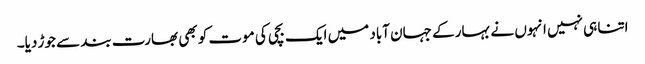
اتنا ہی نہیں انہوں نے بہار کے جہان آباد میں ایک بچی کی موت کو بھی بھارت بند سے جوڑ دیا۔